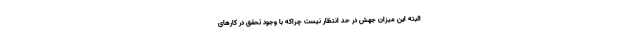
البته این میزان جهش در حدّ انتظار نیست چراکه با وجود تحقق در کارهای